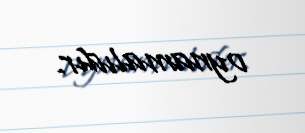
oynamalıdır.